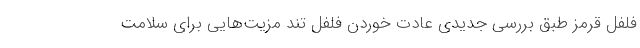
فلفل قرمز طبق بررسی جدیدی عادت خوردن فلفل تند مزیت‌هایی برای سلامت